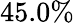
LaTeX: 45.0\%